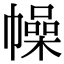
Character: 幧